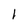
Character: l